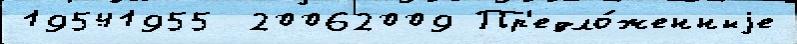
19541955  20062009 Пр'едло́женныjе